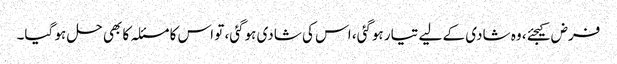
فرض کیجئے، وہ شادی کے لیے تیار ہوگئی، اس کی شادی ہوگئی، تو اس کا مسئلہ کا بھی حل ہو گیا۔